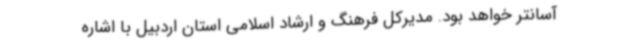
آسانتر خواهد بود. مدیرکل فرهنگ و ارشاد اسلامی استان اردبیل با اشاره